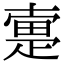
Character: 疐